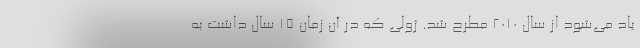
یاد می‌شود از سال ۲۰۱۰ مطرح شد. ژولی که در آن زمان ۱۵ سال داشت به